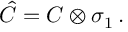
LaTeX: \hat { C } = C \otimes \sigma _ { 1 } \, .